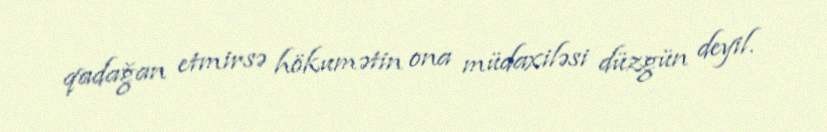
qadağan etmirsə hökumətin ona müdaxiləsi düzgün deyil.